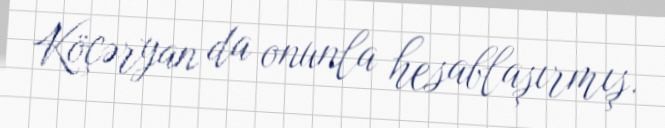
Köçəryan da onunla hesablaşırmış.